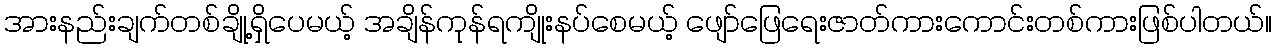
အားနည်းချက်တစ်ချို့ရှိပေမယ့် အချိန်ကုန်ရကျိုးနပ်စေမယ့် ဖျော်ဖြေရေးဇာတ်ကားကောင်းတစ်ကားဖြစ်ပါတယ်။